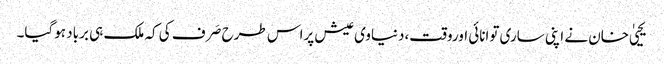
یحییٰ خان نے اپنی ساری توانائی اوروقت،دنیاوی عیش پراس طرح صَرف کی کہ ملک ہی برباد ہوگیا۔